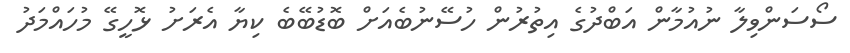
ސޯސަންވިލާ ނުއުމާން އަބްދުގެ އިތުރުން ހުސޭނުބެއަށް ބޮޑުބޭބެ ކިޔާ އެރަށު ޅޮހީގޭ މުހައްމަދު